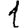
Digit: 1